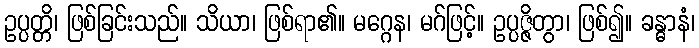
ဥပ္ပတ္တိ၊ ဖြစ်ခြင်းသည်။ သိယာ၊ ဖြစ်ရာ၏။ မဂ္ဂေန၊ မဂ်ဖြင့်။ ဥပ္ပဇ္ဇိတွာ၊ ဖြစ်၍။ ခန္ဓာနံ၊